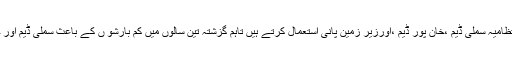
معلوم ہو کہ شہریوں کو پانی فراہم کرنے کیلئے سی ڈی اے اور انتظامیہ سملی ڈیم ،خان پور ڈیم ،اورزیر زمین پانی استعمال کرتے ہیں تاہم گزشتہ تین سالوں میں کم بارشو ں کے باعث سملی ڈیم اور خان پور ڈیم میں پانی کی سطح ڈیڈ لیول کے قریب پہنچ چکی ہے ۔